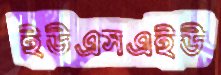
ইউএসএইউ